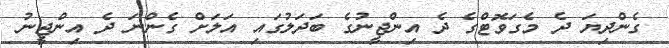
ގެންދިޔަ ދެ މެގަވޮޓްގެ ދެ އިންޖީނުގެ ބަދަލުގައި އަލަށް ގެންނަ ދެ އިންޖީނު